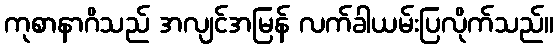
ကုစာနာဂိသည် အလျင်အမြန် လက်ခါယမ်းပြလိုက်သည်။